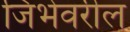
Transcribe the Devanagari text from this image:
जिभेवरील